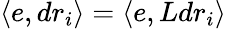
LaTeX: \langle e,dr_{i}\rangle=\langle e,Ldr_{i}\rangle